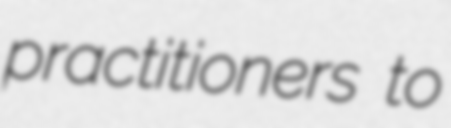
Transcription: practitioners to